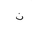
Letter: _non